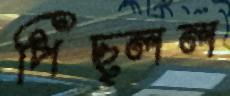
পিছ্‌লল